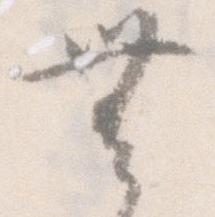
無